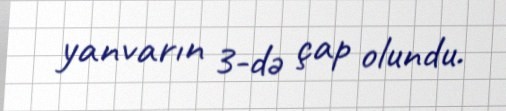
yanvarın 3-də çap olundu.